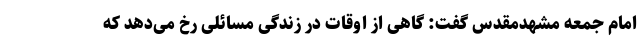
امام جمعه مشهدمقدس گفت: گاهی از اوقات در زندگی مسائلی رخ می‌دهد که